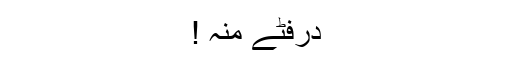
درفٹے منہ !